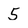
Character: 5